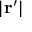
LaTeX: | \mathbf { r ^ { \prime } } |